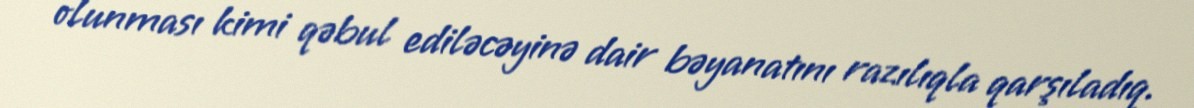
olunması kimi qəbul ediləcəyinə dair bəyanatını razılıqla qarşıladıq.